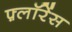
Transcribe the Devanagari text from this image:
फ़्लॉरेंस